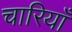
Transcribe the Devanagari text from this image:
चारियाँ